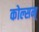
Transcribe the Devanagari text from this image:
कोल्सम्‌